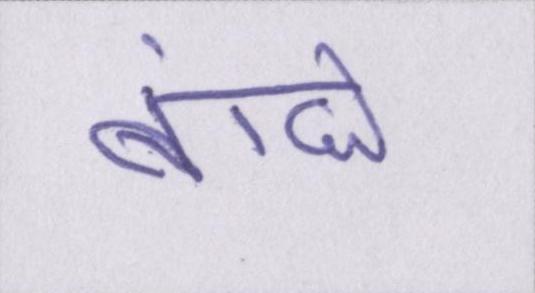
बांधे